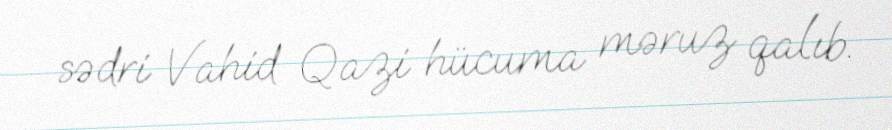
sədri Vahid Qazi hücuma məruz qalıb.